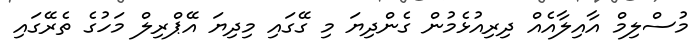
މުސްލިމް އާއިލާއެއް ދިރިއުޅެމުން ގެންދިޔަ މި ގޭގައި މިދިޔަ އޭޕްރިލް މަހުގެ ތެރޭގައި